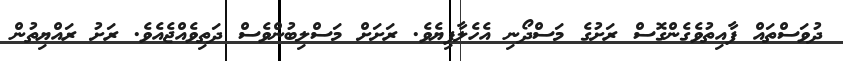
ދުވަސްތައް ފާއިތުވެގެންގޮސް ރަށުގެ މަސްދޯނި އެހެލާފިޔެވެ. ރަށަށް މަސްލިބުންވެސް ދަތިވެއްޖެއެވެ. ރަށު ރައްޔިތުން